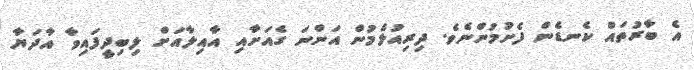
އެ ބާރުތައް ކެނޑެން ފެށުމުންނެވެ. ދިރިއުޅެމުން އަންނަ ގެއަށާއި އާއިލާއަށް ލިބިދީފައިވާ އާދަޔާ